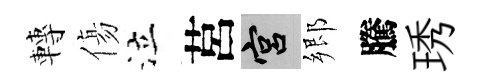
轉傷泣莒宫郷騰琇